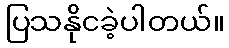
ပြသနိုငခဲ့ပါတယ်။